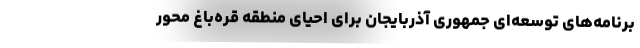
برنامه‌های توسعه‌ای جمهوری آذربایجان برای احیای منطقه قره‌باغ محور